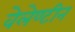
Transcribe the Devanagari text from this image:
वेलेण्टीन